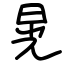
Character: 晃